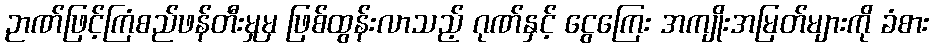
ဉာဏ်ဖြင့်ကြံစည်ဖန်တီးမှုမှ ဖြစ်ထွန်းလာသည့် ဂုဏ်နှင့် ငွေကြေး အကျိုးအမြတ်များကို ခံစား